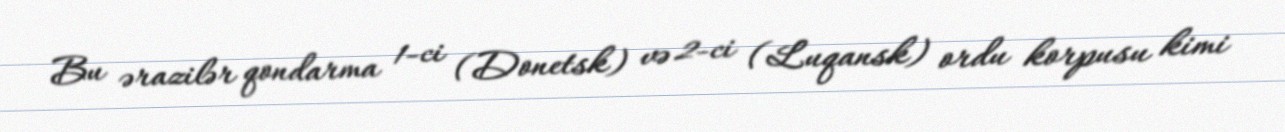
Bu ərazilər qondarma 1-ci (Donetsk) və 2-ci (Luqansk) ordu korpusu kimi